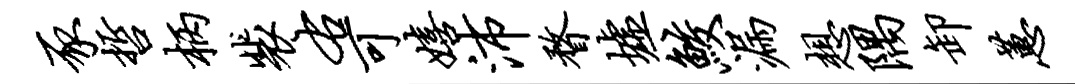
豕哲柄裴右可嬉沛瞀墟鲛漏想隅卸蕙